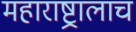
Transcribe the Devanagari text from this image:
महाराष्ट्रालाच